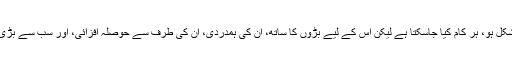
بہرحال، کام کتنا بھی مشکل ہو، ہر کام کیا جاسکتا ہے لیکن اس کے لیے بڑوں کا ساتھ، ان کی ہمدردی، ان کی طرف سے حوصلہ افزائی، اور سب سے بڑی چیز توکل علی اللہ ہے۔